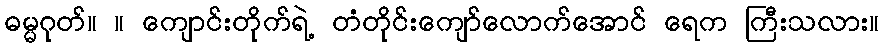
ဓမ္မဂုတ်။ ။ ကျောင်းတိုက်ရဲ့ တံတိုင်းကျော်လောက်အောင် ရေက ကြီးသလား။